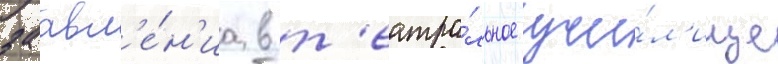
заавл'е́н'иа в т'еатра́льное учи́л'ище